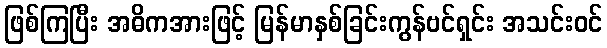
ဖြစ်ကြပြီး အဓိကအားဖြင့် မြန်မာနှစ်ခြင်းကွန်ဗင်ရှင်း အသင်းဝင်